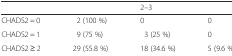
<table><thead><tr><td>[EMPTY_CELL]</td><td>[EMPTY_CELL]</td><td><b>2–3</b></td><td>[EMPTY_CELL]</td></tr></thead><tbody><tr><td>CHADS2 = 0</td><td>2 (100 %)</td><td>0</td><td>0</td></tr><tr><td>CHADS2 = 1</td><td>9 (75 %)</td><td>3 (25 %)</td><td>0</td></tr><tr><td>CHADS2 ≥ 2</td><td>29 (55.8 %)</td><td>18 (34.6 %)</td><td>5 (9.6 %)</td></tr></tbody></table>